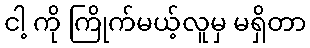
ငါ့ ကို ကြိုက်မယ့်လူမှ မရှိတာ